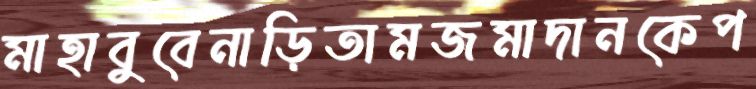
মাহাবুবেনাড়িতামজমাদানকেপ